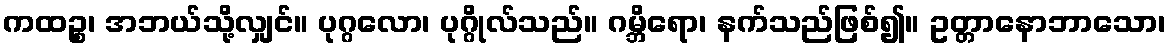
ကထဉ္စ၊ အဘယ်သို့လျှင်။ ပုဂ္ဂလော၊ ပုဂ္ဂိုလ်သည်။ ဂမ္ဘိရော၊ နက်သည်ဖြစ်၍။ ဥတ္တာနောဘာသော၊